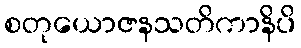
စတုယောဇနသတိကာနိပိ